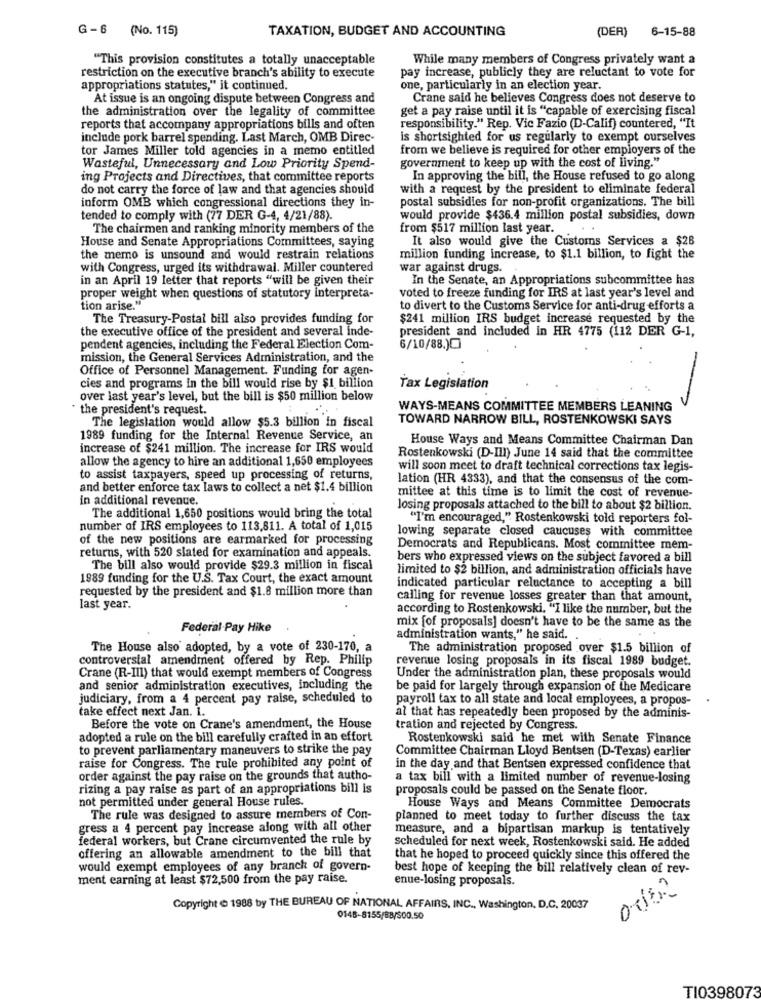
G-6 (No. 115)
TAXATION, BUDGET AND ACCOUNTING
(DER)
6-15-88
"This provision constitutes a totally unacceptable
While many members of Congress privately want a
pay increase, publicly they are reluctant to vote for
restriction on the executive branch's ability to execute
appropriations statutes," it continued.
one, particularly in an election year.
At issue is an ongoing dispute between Congress and
Crane said he believes Congress does not deserve to
the administration over the legality of committee
get a pay raise until it is "capable of exercising fiscal
reports that accompany appropriations bills and often
responsibility." Rep. Vic Fazio (D-Calif) countered, "It
include pork barrel spending. Last March, OMB Direc-
is shortsighted for us regularly to exempt ourselves
tor James Miller told agencies in a memo entitled
from we believe is required for other employers of the
government to keep up with the cost of living."
Wasteful, Unnecessary and Low Priority Spend-
ing Projects and Directives, that committee reports
In approving the bill, the House refused to go along
do not carry the force of law and that agencies should
with a request by the president to eliminate federal
postal subsidies for non-profit organizations. The bill
inform OMB which congressional directions they in-
tended to comply with (77 DER G-4, 4/21/88).
would provide $436.4 million postal subsidies, down
The chairmen and ranking minority members of the
from $517 million last year.
House and Senate Appropriations Committees, saying
It also would give the Customs Services a $28
the memo is unsound and would restrain relations
million funding increase, to $1.1 billion, to fight the
with Congress, urged its withdrawal. Miller countered
war against drugs.
in an April 19 letter that reports "will be given their
In the Senate, an Appropriations subcommittee has
proper weight when questions of statutory interpreta-
voted to freeze funding for IRS at last year's level and
tion arise."
to divert to the Customs Service for anti-drug efforts a
The Treasury-Postal bill also provides funding for
$241 million IRS budget increase requested by the
the executive office of the president and several inde-
president and included in HR 4775 (112 DER G-1,
pendent agencies, including the Federal Election Com-
6/10/88.0
mission, the General Services Administration, and the
Office of Personnel Management. Funding for agen-
cies and programs in the bill would rise by $1 billion
Tax Legislation
over last year's level, but the bill is $50 million below
the president's request.
WAYS-MEANS COMMITTEE MEMBERS LEANING
The legislation would allow $5.3 billion in fiscal
TOWARD NARROW BILL, ROSTENKOWSKI SAYS
1989 funding for the Internal Revenue Service, an
House Ways and Means Committee Chairman Dan
increase of $241 million. The increase for IRS would
allow the agency to hire an additional 1,650 employees
Rostenkowski (D-III) June 14 said that the committee
will soon meet to draft technical corrections tax legis-
to assist taxpayers, speed up processing of returns,
lation (HR 4333), and that the consensus of the com-
and better enforce tax laws to collect a net $1.4 billion
mittee at this time is to limit the cost of revenue-
in additional revenue.
losing proposals attached to the bill to about $2 billion.
The additional 1,650 positions would bring the total
"I'm encouraged," Rostenkowski told reporters fol-
number of IRS employees to 113,811. A total of 1,015
lowing separate closed caucuses with committee
of the new positions are earmarked for processing
Democrats and Republicans. Most committee mem-
returns, with 520 slated for examination and appeals.
bers who expressed views on the subject favored a bill
The bill also would provide $29.3 million in fiscal
limited to $2 billion, and administration officials have
1989 funding for the U.S. Tax Court, the exact amount
requested by the president and $1.8 million more than
indicated particular reluctance to accepting a bill
calling for revenue losses greater than that amount,
last year.
according to Rostenkowski, "I like the number, but the
mix [of proposals] doesn't have to be the same as the
Federal Pay Hike
administration wants," he said.
The House also adopted, by a vote of 230-170, a
The administration proposed over $1.5 billion of
controversial amendment offered by Rep. Philip
revenue losing proposals in its fiscal 1989 budget.
Crane (R-III) that would exempt members of Congress
Under the administration plan, these proposals would
and senior administration executives, including the
be paid for largely through expansion of the Medicare
judiciary, from a 4 percent pay raise, scheduled to
payroll tax to all state and local employees, a propos-
take effect next Jan. 1.
al that has repeatedly been proposed by the adminis-
Before the vote on Crane's amendment, the House
tration and rejected by Congress.
adopted a rule on the bill carefully crafted in an effort
Rostenkowski said he met with Senate Finance
to prevent parliamentary maneuvers to strike the pay
Committee Chairman Lloyd Bentsen (D-Texas) earlier
raise for Congress. The rule prohibited any point of
in the day and that Bentsen expressed confidence that
order against the pay raise on the grounds that autho-
a tax bill with a limited number of revenue-losing
rizing a pay raise as part of an appropriations bill is
proposals could be passed on the Senate floor.
not permitted under general House rules.
House Ways and Means Committee Democrats
The rule was designed to assure members of Con-
planned to meet today to further discuss the tax
gress a 4 percent pay increase along with all other
measure, and a bipartisan markup is tentatively
federal workers, but Crane circumvented the rule by
offering an allowable amendment to the bill that
scheduled for next week, Rostenkowski said. He added
that he hoped to proceed quickly since this offered the
would exempt employees of any branch of govern-
best hope of keeping the bill relatively clean of rev-
ment earning at least $72,500 from the pay raise.
enue-losing proposals.
Copyright @ 1988 by THE BUREAU OF NATIONAL AFFAIRS, INC ., Washington, D.C. 20037
0148-8155/88/500.50
TI0398073